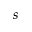
s